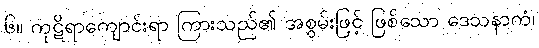
၆။ ကုဋိရာကျောင်းရာ ကြားသည်၏ အစွမ်းဖြင့် ဖြစ်သော ဒေသနာကံ၊